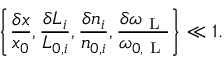
\left\{ \frac { \delta x } { x _ { 0 } } , \frac { \delta L _ { i } } { L _ { 0 , i } } , \frac { \delta n _ { i } } { n _ { 0 , i } } , \frac { \delta \omega _ { \mathrm { ~ L ~ } } } { \omega _ { 0 , \mathrm { ~ L ~ } } } \right\} \ll 1 .